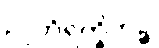
ဉာတိရက္ခိတဉ္စ